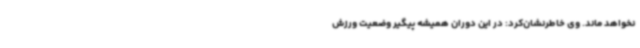
نخواهد ماند. وی خاطرنشان‌کرد: در این دوران همیشه پیگیر وضعیت ورزش